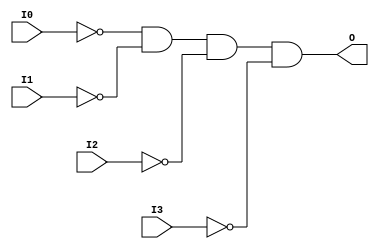
// $Header: /devl/xcs/repo/env/Databases/CAEInterfaces/verunilibs/s/AND4B4.v,v 1.8.22.1 2003/11/18 20:41:33 wloo Exp $

/*

FUNCTION	: 4-INPUT AND GATE

*/

`timescale  100 ps / 10 ps


module AND4B4 (O, I0, I1, I2, I3);

    output O;

    input  I0, I1, I2, I3;

    not N3 (i3_inv, I3);
    not N2 (i2_inv, I2);
    not N1 (i1_inv, I1);
    not N0 (i0_inv, I0);
    and A1 (O, i0_inv, i1_inv, i2_inv, i3_inv);

    specify
	(I0 *> O) = (0, 0);
	(I1 *> O) = (0, 0);
	(I2 *> O) = (0, 0);
	(I3 *> O) = (0, 0);
    endspecify

endmodule